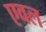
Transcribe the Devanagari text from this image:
एवल